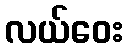
လယ်ဝေး